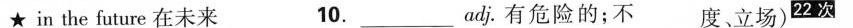
★in the future在未来 10.__________________adj。有危险的；不 度、立场)^{22次}